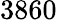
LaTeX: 3860